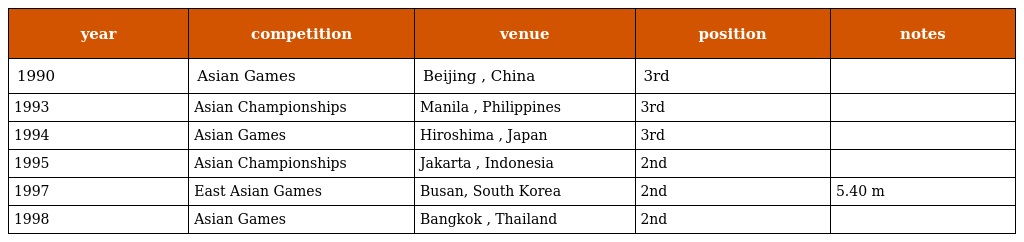
| year | competition | venue | position | notes |
 | --- | --- | --- | --- | --- |
 | 1990 | Asian Games | Beijing , China | 3rd |  |
 | 1993 | Asian Championships | Manila , Philippines | 3rd |  |
 | 1994 | Asian Games | Hiroshima , Japan | 3rd |  |
 | 1995 | Asian Championships | Jakarta , Indonesia | 2nd |  |
 | 1997 | East Asian Games | Busan, South Korea | 2nd | 5.40 m |
 | 1998 | Asian Games | Bangkok , Thailand | 2nd |  |